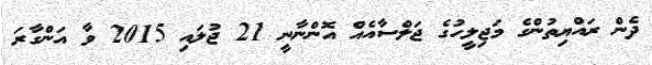
ދެން ރައްޔިތުންގެ މަޖިލީހުގެ ޖަލްސާއެއް އޮންނާނީ 21 ޖުލައި 2015 ވާ އަންގާރަ